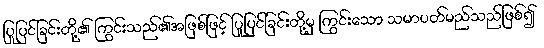
ပြုပြင်ခြင်းတို့၏ ကြွင်းသည်၏အဖြစ်ဖြင့် ပြုပြင်ခြင်းတို့မှ ကြွင်းသော သမာပတ်မည်သည်ဖြစ်၍